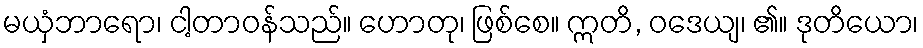
မယှံဘာရော၊ ငါ့တာဝန်သည်။ ဟောတု၊ ဖြစ်စေ။ ဣတိ, ဝဒေယျ၊ ၏။ ဒုတိယော၊